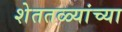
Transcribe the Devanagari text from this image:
शेततळ्यांच्या